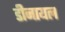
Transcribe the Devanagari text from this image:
डीनायल